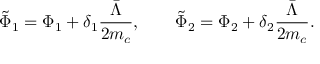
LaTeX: \tilde { \Phi } _ { 1 } = \Phi _ { 1 } + \delta _ { 1 } \frac { \bar { \Lambda } } { 2 m _ { c } } , \qquad \tilde { \Phi } _ { 2 } = \Phi _ { 2 } + \delta _ { 2 } \frac { \bar { \Lambda } } { 2 m _ { c } } .